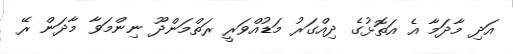
އަދި މާދަމާ އެ އަތޮޅުގެ ދިއްގަރު މަޑުއްވަރީ ރަތްމަންދޫ ނިންމަވާ މާދަން ރޭ